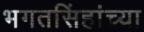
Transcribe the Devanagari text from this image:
भगतसिंहांच्या